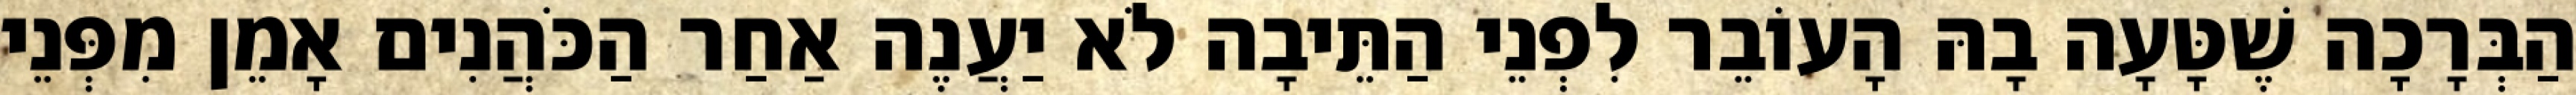
הַבְּרָכָה שֶׁטָּעָה בָהּ הָעוֹבֵר לִפְנֵי הַתֵּיבָה לֹא יַעֲנֶה אַחַר הַכֹּהֲנִים אָמֵן מִפְּנֵי